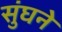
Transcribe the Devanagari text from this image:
सुंघने